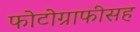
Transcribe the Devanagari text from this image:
फोटोग्राफीसह